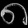
Digit: ၈